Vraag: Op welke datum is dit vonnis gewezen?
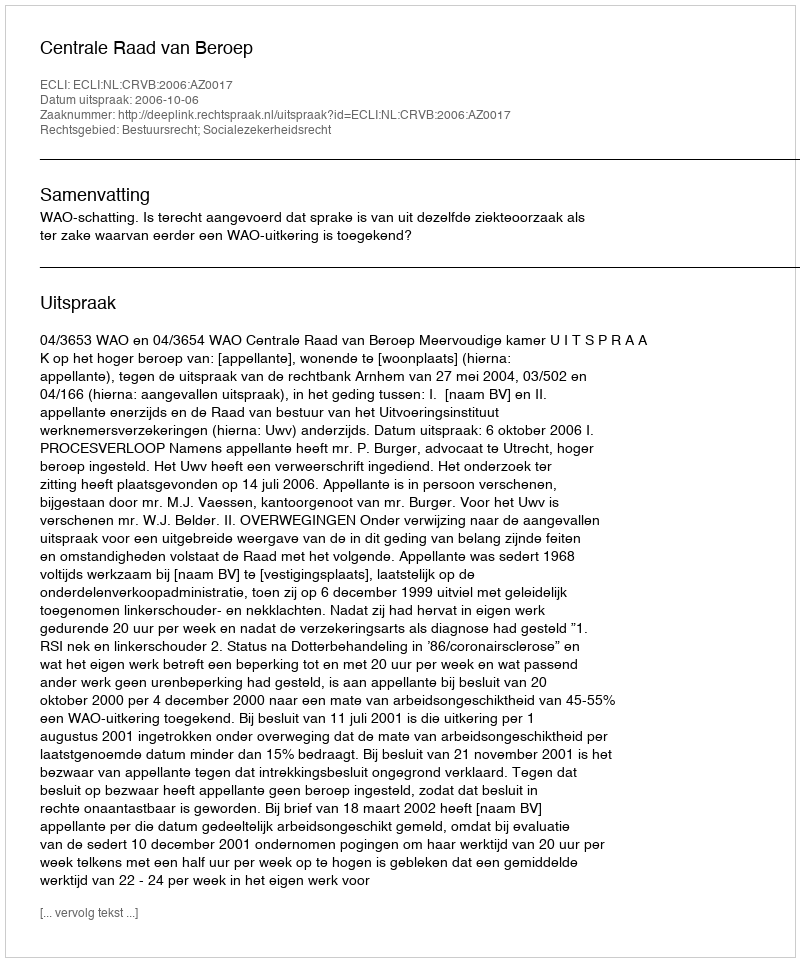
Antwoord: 2006-10-06